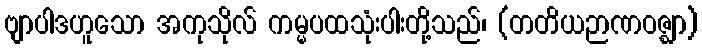
ဗျာပါဒဟူသော အကုသိုလ် ကမ္မပထသုံးပါးတို့သည်၊ (တတိယဉာဏဝဇ္ဈာ)